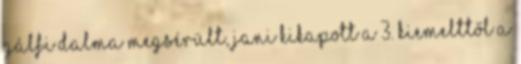
Gálfi Dalma megsérült, Jani kikapott a 3. kiemelttől A